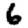
Digit: 6